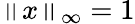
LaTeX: \left\| x\right\| _{\infty}=1